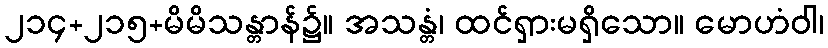
၂၁၄+၂၁၅+မိမိသန္တာန်၌။ အသန္တံ၊ ထင်ရှားမရှိသော။ မောဟံဝါ၊